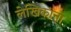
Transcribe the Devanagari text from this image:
लेखिकांना